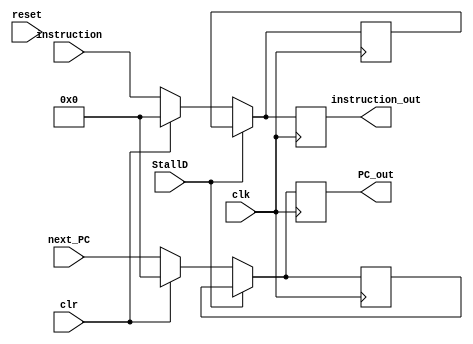
module IF_ID(instruction, next_PC, clk, instruction_out, reset, PC_out, StallD, clr);
input [31:0] instruction, next_PC;
input clk, reset, StallD, clr;

output reg[31:0] instruction_out, PC_out;
reg [31:0] instruction_reg, PC_reg;

// IF stage: load the value of next PC and the 
//fentched instruction from the last ins
always@(posedge clk)
begin
if(StallD)
begin
	instruction_out <= instruction_reg;
	PC_out <= PC_reg;
end
else if(clr)
begin
	instruction_out <= 0;
	instruction_reg <= 0;
	PC_out <= 0;
	PC_reg <= 0;
end
else
begin
	instruction_out <= instruction;
	instruction_reg <= instruction;
	PC_out <= next_PC;
	PC_reg <= next_PC;
end
end

endmodule